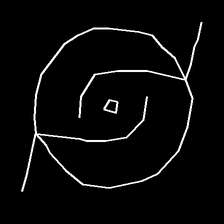
Glyph: repetition